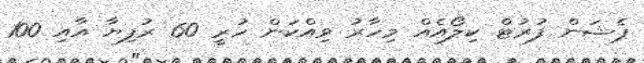
ޕެޝަން ފުރުޓް ކިލޯއެއް މިހާރު ވިއްކަން ހުރީ 60 ރުފިޔާ އާއި 100